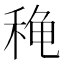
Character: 𬓫